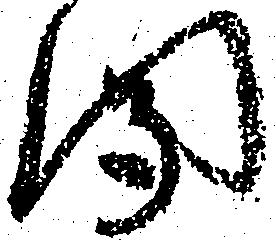
聞